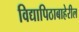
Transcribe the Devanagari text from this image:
विद्यापिठाबाहेरील